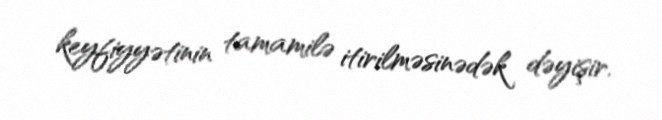
keyfiyyətinin tamamilə itirilməsinədək dəyişir.